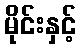
မိုင်းနှင့်